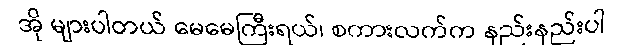
အို များပါတယ် မေမေကြီးရယ်၊ စကားလက်က နည်းနည်းပါ